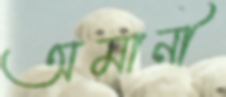
অমানী